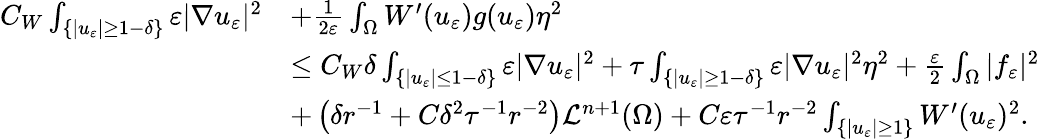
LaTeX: \begin{array}{rl}{C_{W}\int_{\{ |u_{\varepsilon}|\geq 1-\delta\} }\varepsilon|\nabla u_{\varepsilon}|^{2}}&{+\frac{1}{2\varepsilon}\int_{\Omega}W^{\prime}(u_{\varepsilon})g(u_{\varepsilon})\eta^{2}}\\ &{\leq C_{W}\delta\int_{\{ |u_{\varepsilon}|\leq 1-\delta\} }\varepsilon|\nabla u_{\varepsilon}|^{2}+\tau\int_{\{ |u_{\varepsilon}|\geq 1-\delta\} }\varepsilon|\nabla u_{\varepsilon}|^{2}\eta^{2}+\frac{\varepsilon}{2}\int_{\Omega}|f_{\varepsilon}|^{2}}\\ &{+\left(\delta r^{-1}+C\delta^{2}\tau^{-1}r^{-2}\right)\mathcal L^{n+1}(\Omega)+C\varepsilon\tau^{-1}r^{-2}\int_{\{ |u_{\varepsilon}|\geq 1\} }W^{\prime}(u_{\varepsilon})^{2}.}\end{array}